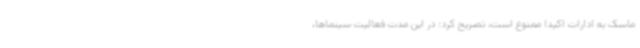
ماسک به ادارات اکیداً ممنوع است، تصریح کرد: در این مدت فعالیت سینماها،